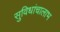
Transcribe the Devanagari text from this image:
सुविधांचालाभ